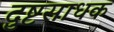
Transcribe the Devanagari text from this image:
दुष्टसाधक